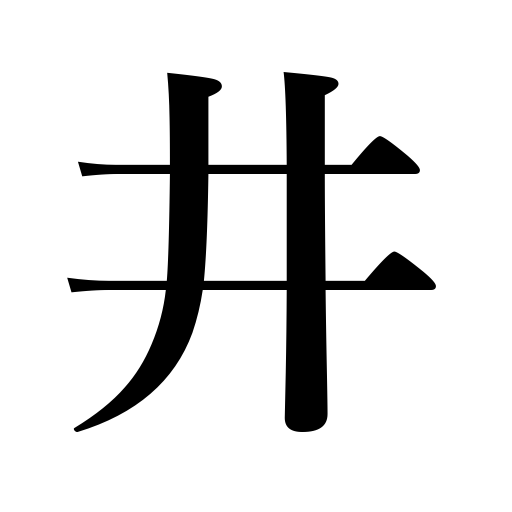
Meanings: well